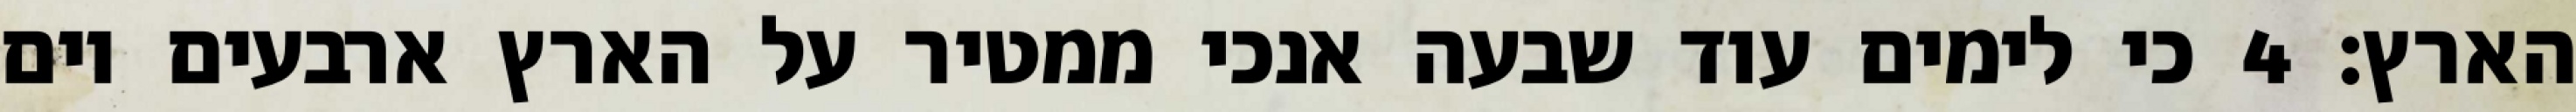
הארץ׃ ‎4‏ כי לימים עוד שבעה אנכי ממטיר על הארץ ארבעים יום